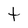
Character: t